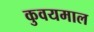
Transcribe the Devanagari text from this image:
कुवयमाल